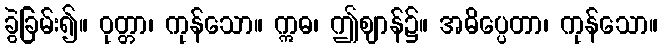
ခွဲခြမ်း၍။ ဝုတ္တာ၊ ကုန်သော။ ဣဓ၊ ဤဈာန်၌။ အဓိပ္ပေတာ၊ ကုန်သော။